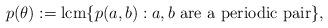
LaTeX: \begin{align*}p(\theta):=\mbox{lcm}\{p(a,b): a, b \mbox{ are a periodic pair} \},\end{align*}